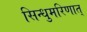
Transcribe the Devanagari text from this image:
सिन्धुमरिणात्